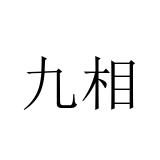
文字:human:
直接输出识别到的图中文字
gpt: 九相